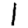
Digit: 1